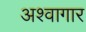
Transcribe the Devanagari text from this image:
अश्वागार